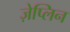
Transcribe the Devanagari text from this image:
ज़ेप्लिन